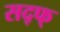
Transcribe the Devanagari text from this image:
सद्फ्